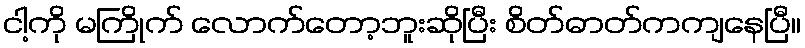
ငါ့ကို မကြိုက် လောက်တော့ဘူးဆိုပြီး စိတ်ဓာတ်ကကျနေပြီ။